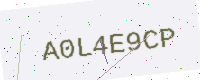
Text: A0L4E9CP